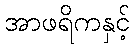
အာဖရိကနှင့်